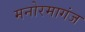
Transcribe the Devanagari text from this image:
मनोरमागंज